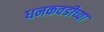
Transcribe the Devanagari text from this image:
धनकवडीच्या